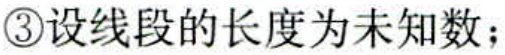
\textcircled{3}设线段的长度为未知数；